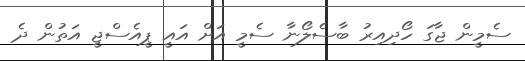
ސެމީން ޖާގަ ހޯދިއިރު ބާސެލޯނާ ސެމީ އަށް އައީ ޕީއެސްޖީ އަތުން ދެ